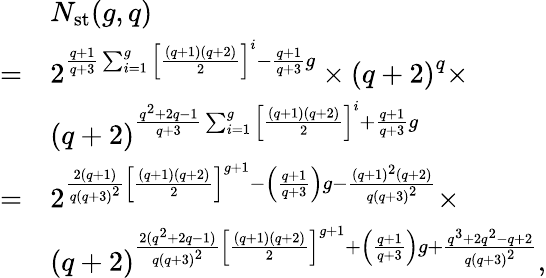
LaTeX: \begin{array}{rl}&{N_{\mathrm{st}}(g,q)}\\ {=}&{2^{\frac{q+1}{q+3}\sum_{i=1}^{g}{\left[\frac{(q+1)(q+2)}{2}\right]}^{i}-\frac{q+1}{q+3}g}\times{(q+2)}^{q}\times}\\ &{{(q+2)}^{\frac{q^{2}+2q-1}{q+3}\sum_{i=1}^{g}{\left[\frac{(q+1)(q+2)}{2}\right]}^{i}+\frac{q+1}{q+3}g}}\\ {=}&{2^{\frac{2(q+1)}{q{(q+3)}^{2}}{\left[\frac{(q+1)(q+2)}{2}\right]}^{g+1}-\left(\frac{q+1}{q+3}\right)g-\frac{{(q+1)}^{2}(q+2)}{{q(q+3)}^{2}}}\times}\\ &{{(q+2)}^{\frac{2(q^{2}+2q-1)}{q{(q+3)}^{2}}{\left[\frac{(q+1)(q+2)}{2}\right]}^{g+1}+\left(\frac{q+1}{q+3}\right)g+\frac{q^{3}+2q^{2}-q+2}{{q(q+3)}^{2}}},}\end{array}